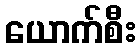
ယောက်စီး